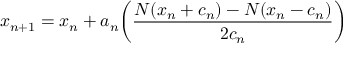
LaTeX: x _ { n + 1 } = x _ { n } + a _ { n } { \bigg ( } { \frac { N ( x _ { n } + c _ { n } ) - N ( x _ { n } - c _ { n } ) } { 2 c _ { n } } } { \bigg ) }